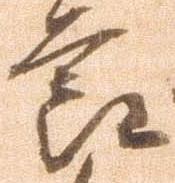
節